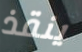
ينقذ